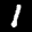
Label: 1